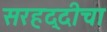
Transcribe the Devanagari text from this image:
सरहद्दीचा